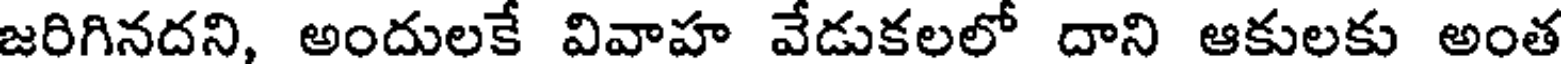
జరిగినదని, అందులకే వివాహ వేడుకలలో దాని ఆకులకు అంత